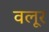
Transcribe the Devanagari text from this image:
वलूर